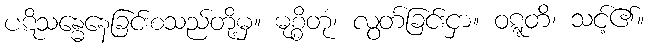
ပဋိသန္ဓေနေခြင်းစသည်တို့မှ။ မုစ္စိတုံ၊ လွတ်ခြင်းငှာ။ ဝဋ္ဋတိ၊ သင့်၏။